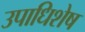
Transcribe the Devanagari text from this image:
उपाधिशेष